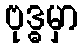
ဗုဒ္ဓမှာ